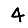
Digit: 4